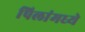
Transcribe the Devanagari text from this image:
पिलांमध्ये